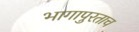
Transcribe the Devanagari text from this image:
भागापुरताच